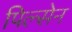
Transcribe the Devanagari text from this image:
पिल्सेन